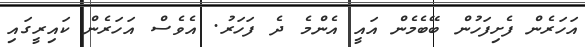
އަހަރެން ފެށިފަހުން ބޭބެމެން އައީ އެންމެ ދެ ފަހަރު. އެވެސް އަހަރެން ކައިރީގައި